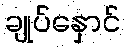
ချုပ်နှောင်